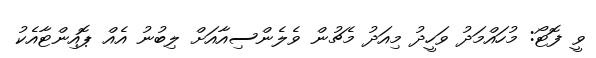
ވީ ފޮޓޯ: މުހައްމަދު ވަހީދު މިއަދު މެޗުން ވެލެންސިއާއަށް ލިބުނު އެއް ޕޮއިންޓާއެކު